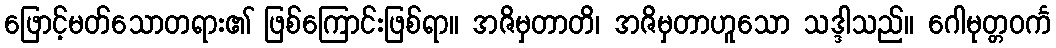
ဖြောင့်မတ်သောတရား၏ ဖြစ်ကြောင်းဖြစ်ရာ။ အဇိမှတာတိ၊ အဇိမှတာဟူသော သဒ္ဒါသည်။ ဂေါမုတ္တဝင်္က